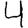
Digit: 4